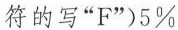
符的写"F")5%